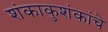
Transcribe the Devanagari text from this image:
शंकाकुशंकांचे